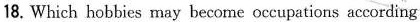
18. Which hobbies may become occupations according